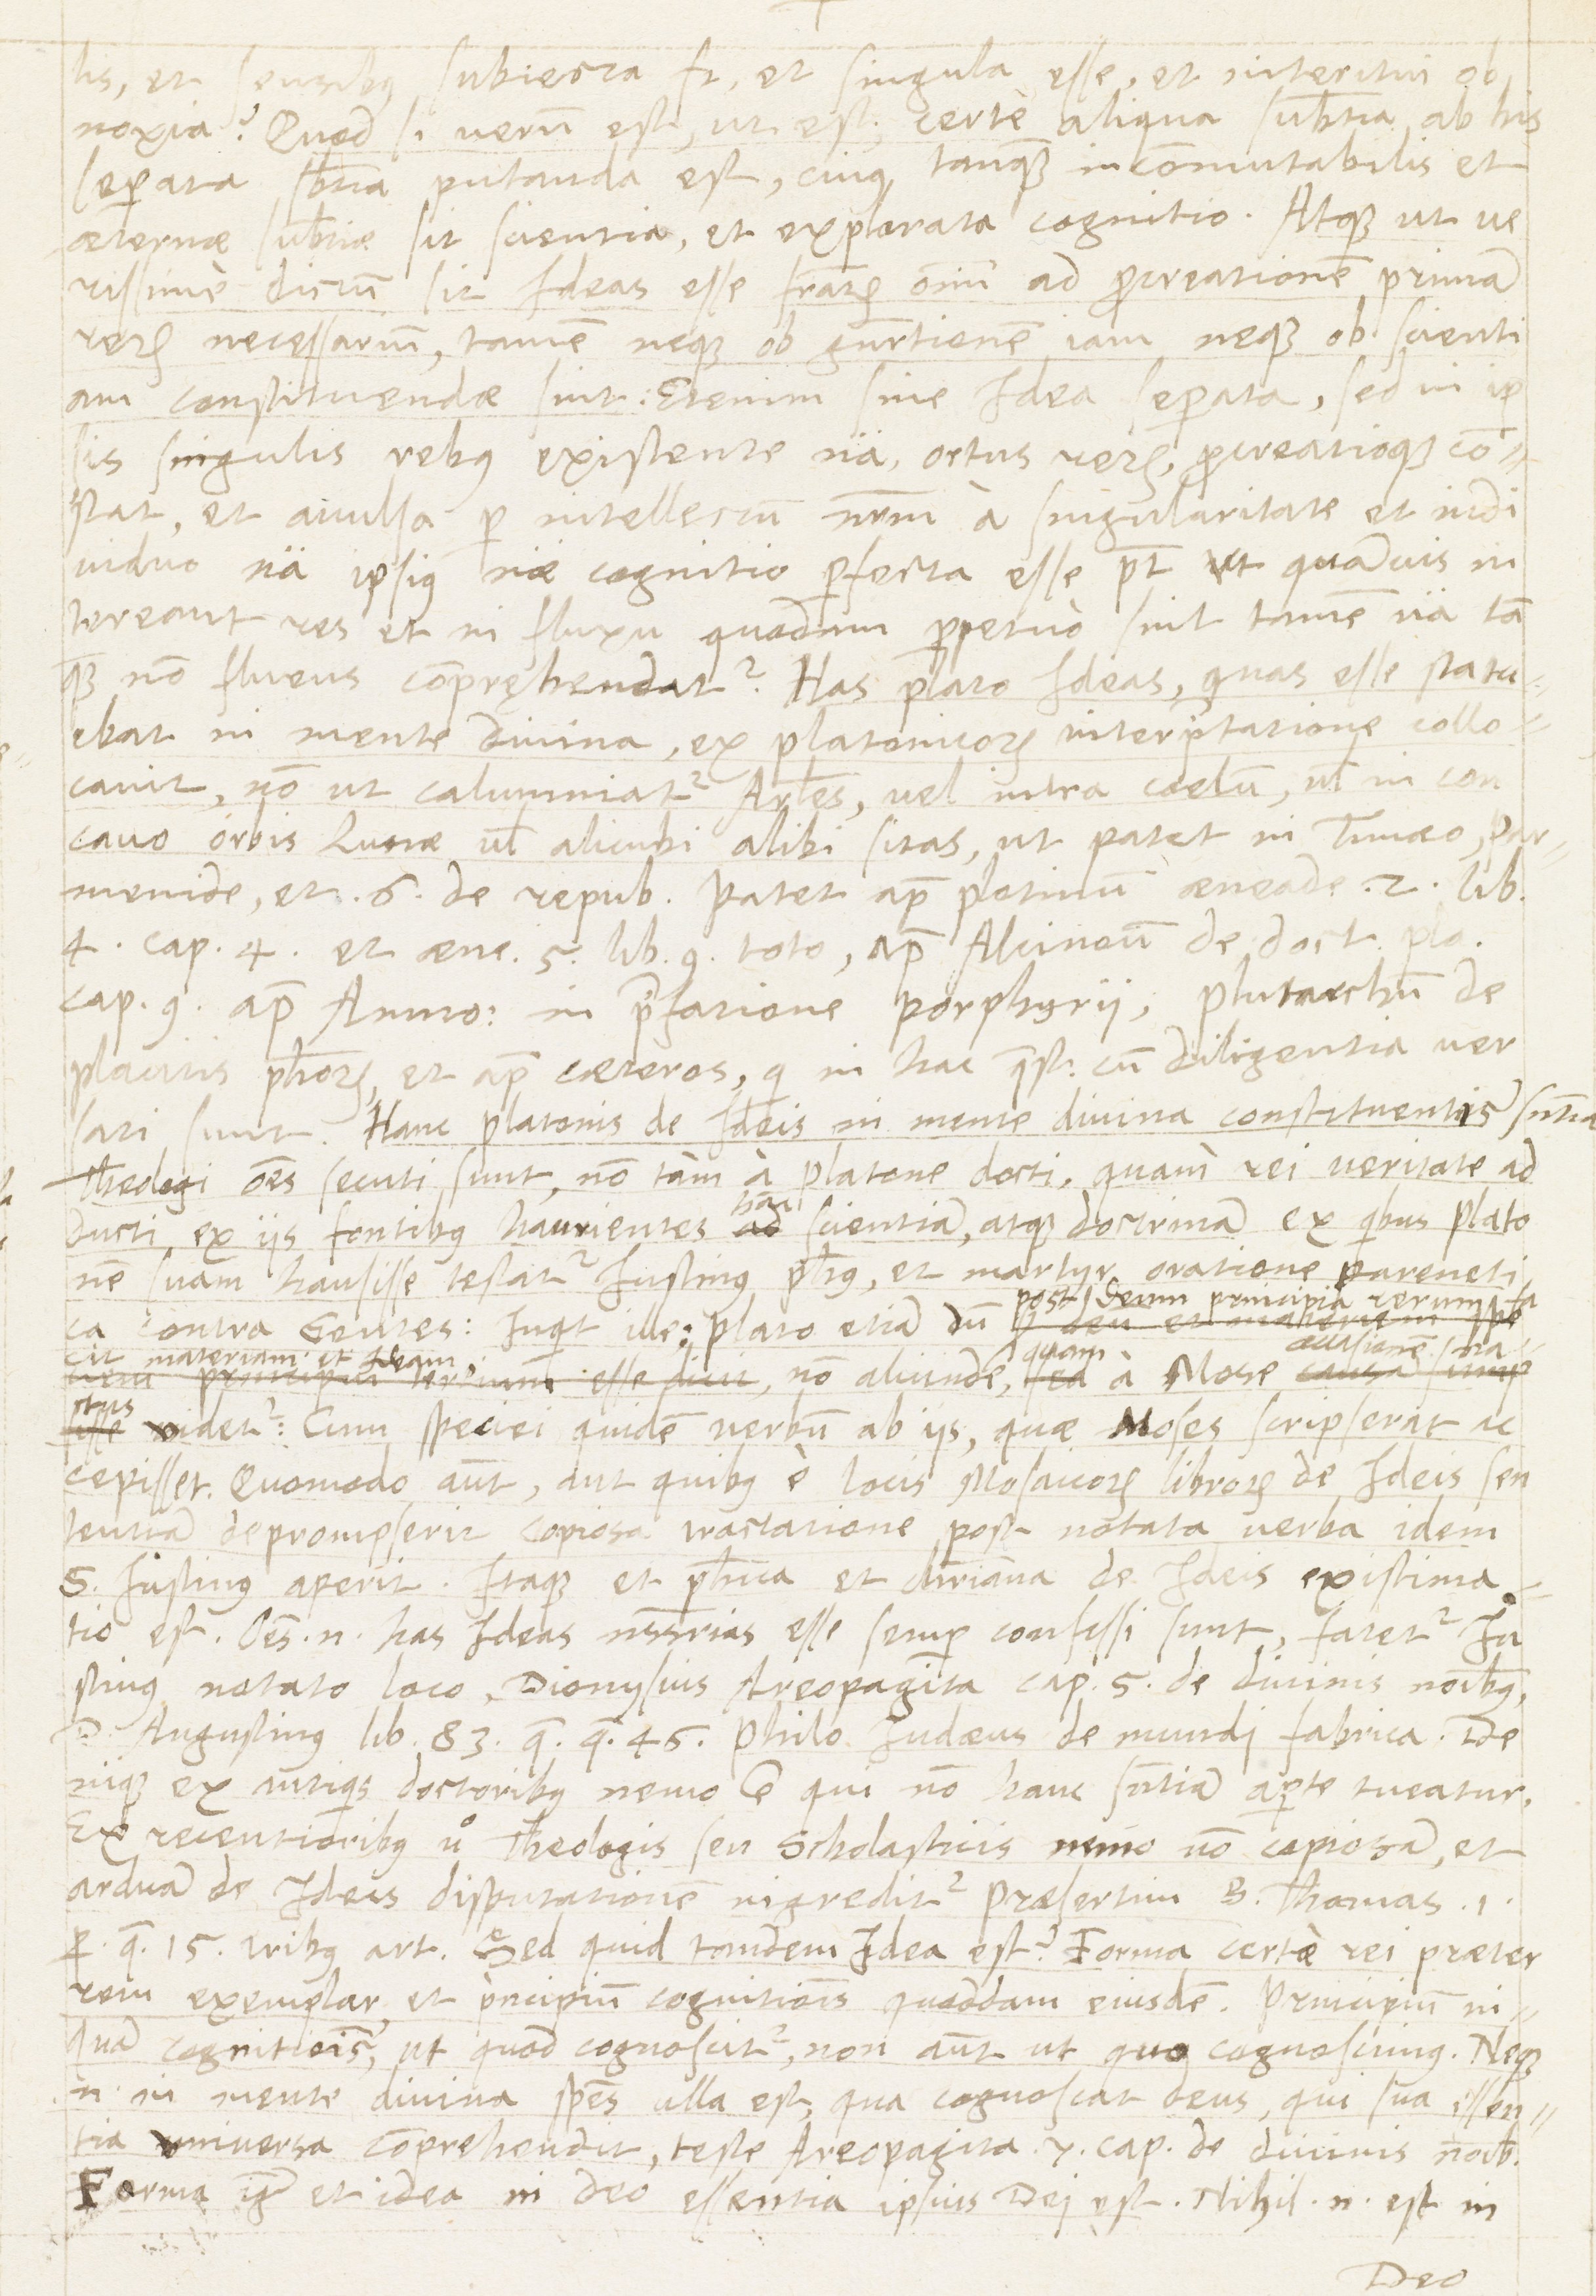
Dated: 1567–1567